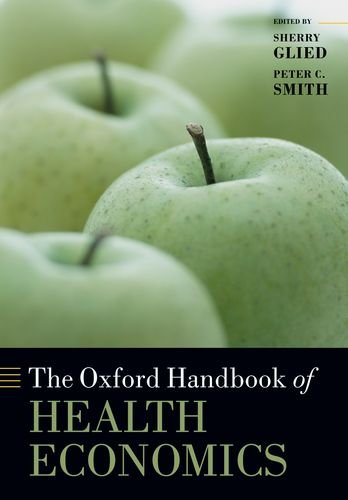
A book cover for The Oxford Handbook of Health Economics (Oxford Handbooks); Sherry Glied; Medical Books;